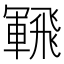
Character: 𩙵